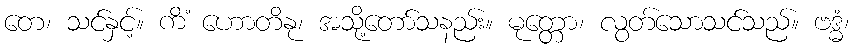
တေ၊ သင်နှင့်။ ကိံ ဟောတိနု၊ အသို့တော်သနည်း။ မုတ္တော၊ လွတ်သောသင်သည်။ ဗဒ္ဓံ၊